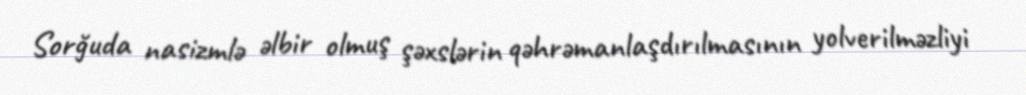
Sorğuda nasizmlə əlbir olmuş şəxslərin qəhrəmanlaşdırılmasının yolverilməzliyi